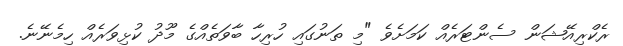
ރެކްރިއޭޝަން ސެންޓަރެއް ކަމަށެވެ "މި ތަނުގައި ހުރިހާ ބާވަތެއްގެ މޫދު ކުޅިވަރެއް ހިމެނޭނެ.